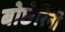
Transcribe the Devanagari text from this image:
बोछेरिनी